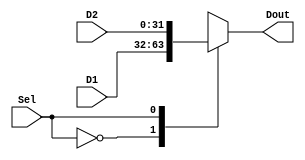
`timescale 1ns / 1ps
//////////////////////////////////////////////////////////////////////////////////
// Company: 
// Engineer: 
// 
// Design Name: 
// Module Name:    mux2to1 
// Project Name: 
// Target Devices: 
// Tool versions: 
// Description: 
//
// Dependencies: 
//
// Revision: 
// Revision 0.01 - File Created
// Additional Comments: 
//
//////////////////////////////////////////////////////////////////////////////////
module mux2to1(
    input [31:0] D1,
    input [31:0] D2,
    input Sel,
    output reg [31:0] Dout
    );
	 
	 always@(*) begin
		case(Sel)
			1'b0: Dout <= D1;
			1'b1: Dout <= D2;
		endcase
	 end
	 


endmodule